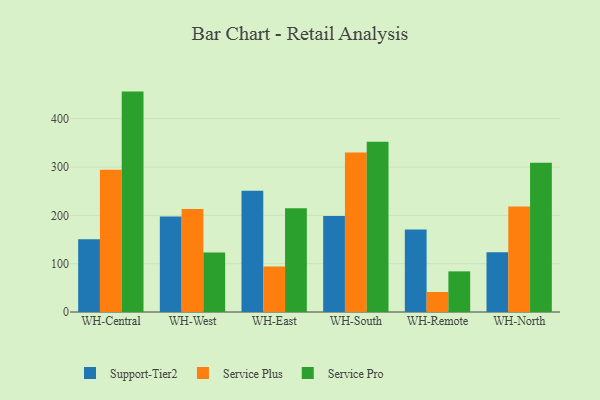
{"axis": {"x": "Warehouse", "y": "LTV (USD)"}, "legend": ["Service Plus", "Service Pro", "Support-Tier2"], "data": [{"x": "WH-Central", "y": 150.7, "type": "Support-Tier2"}, {"x": "WH-Central", "y": 294.6, "type": "Service Plus"}, {"x": "WH-Central", "y": 456.1, "type": "Service Pro"}, {"x": "WH-West", "y": 197.8, "type": "Support-Tier2"}, {"x": "WH-West", "y": 213.0, "type": "Service Plus"}, {"x": "WH-West", "y": 123.2, "type": "Service Pro"}, {"x": "WH-East", "y": 251.1, "type": "Support-Tier2"}, {"x": "WH-East", "y": 94.4, "type": "Service Plus"}, {"x": "WH-East", "y": 214.6, "type": "Service Pro"}, {"x": "WH-South", "y": 198.9, "type": "Support-Tier2"}, {"x": "WH-South", "y": 330.2, "type": "Service Plus"}, {"x": "WH-South", "y": 352.1, "type": "Service Pro"}, {"x": "WH-Remote", "y": 170.9, "type": "Support-Tier2"}, {"x": "WH-Remote", "y": 41.4, "type": "Service Plus"}, {"x": "WH-Remote", "y": 84.1, "type": "Service Pro"}, {"x": "WH-North", "y": 123.4, "type": "Support-Tier2"}, {"x": "WH-North", "y": 218.1, "type": "Service Plus"}, {"x": "WH-North", "y": 309.0, "type": "Service Pro"}]}